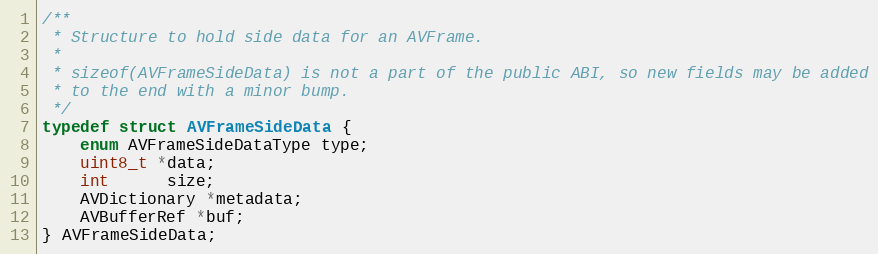
Language: C
/**
 * Structure to hold side data for an AVFrame.
 *
 * sizeof(AVFrameSideData) is not a part of the public ABI, so new fields may be added
 * to the end with a minor bump.
 */
typedef struct AVFrameSideData {
    enum AVFrameSideDataType type;
    uint8_t *data;
    int      size;
    AVDictionary *metadata;
    AVBufferRef *buf;
} AVFrameSideData;